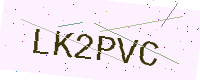
Text: LK2PVC